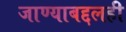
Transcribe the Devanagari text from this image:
जाण्याबद्दलही